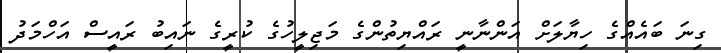
ގިނަ ބައެއްގެ ހިޔާލަށް އަންނާނީ ރައްޔިތުންގެ މަޖިލީހުގެ ކުރީގެ ނައިބު ރައީސް އަހްމަދު